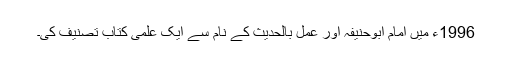
1996ء میں امام ابوحنیفہ اور عمل بالحدیث کے نام سے ایک علمی کتاب تصنیف کی۔